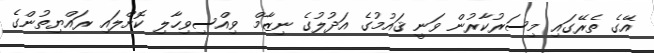
އޭގެ ތެރޭގައި މިސަރުކާރުން ވަނީ ޤައުމުގެ އަދުލުގެ ނިޒާމް ވިއްސިވިހާލި ކޮށްލައި ރައްޔިތުންގެ